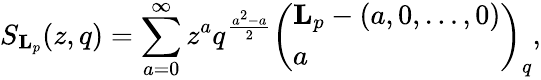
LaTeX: S_{\mathbf{L}_{p}}(z,q)=\sum_{a=0}^{\infty}z^{a}q^{\frac{a^{2}-a}{2}}\left(\begin{array}{l}{{{\mathbf{L}_{p}-(a,0,\dots,0)}}}\\ {{a}}\end{array}\right)_{q},